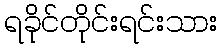
ရခိုင်တိုင်းရင်းသား